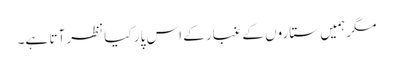
مگر ہمیں ستاروں کے غبار کے اس پار کیا نظر آتا ہے۔